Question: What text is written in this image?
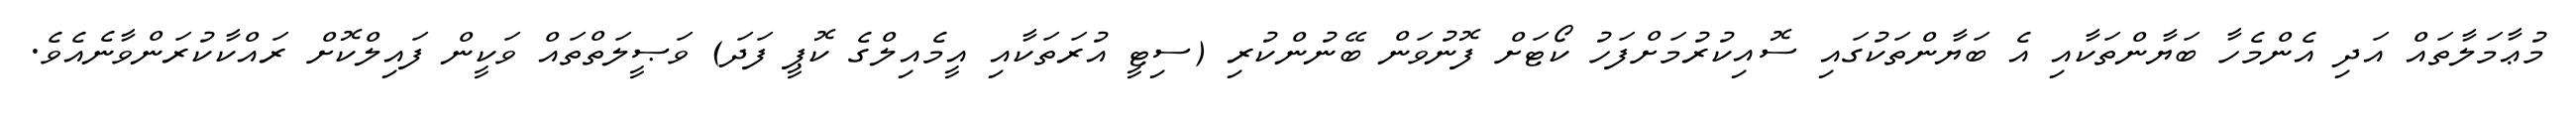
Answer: މުޢާމަލާތައް އަދި އެންމެހާ ބަޔާންތަކާއި އެ ބަޔާންތަކުގައި ސޮއިކުރުމަށްފަހު ކޯޓަށް ފޮނުވަން ބޭނުންކުރި (ސިޓީ އުރަތަކާއި އީމެއިލްގެ ކޮޕީ ފަދަ) ވަޞީލަތްތައް ވަކީން ފައިލްކޮށް ރައްކާކުރަންވާނެއެވެ.